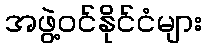
အဖွဲ့ဝင်နိုင်ငံများ